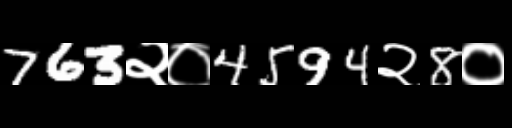
Text: 763२०4594२8०